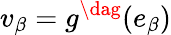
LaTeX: v_{\beta}=g^{\dag}(e_{\beta})